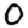
Digit: 0